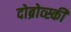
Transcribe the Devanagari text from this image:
दोब्रोव्स्की